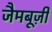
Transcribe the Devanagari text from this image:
जैमबूज़ी